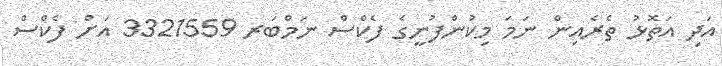
އަދި އަތޮޅު ތެރެއިން ނަމަ މިކުންފުނީގެ ފެކްސް ނަމްބަރ 3321559 އަށް ފެކްސް